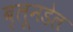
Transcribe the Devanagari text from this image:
ब्लूनडेल